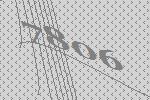
7806